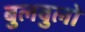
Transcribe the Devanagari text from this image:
बुलबुलो